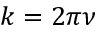
k = 2 \pi \nu